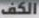
الكف